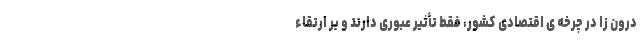
درون ­زا در چرخه ­ی اقتصادی کشور، فقط تأثیر عبوری دارند و بر ارتقاء